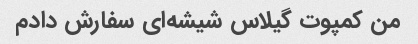
من کمپوت گیلاس شیشه‌ای سفارش دادم